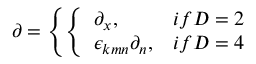
\partial = \left\{ \left\{ \begin{array} { l l } { { \partial _ { x } , } } & { { i f D = 2 } } \\ { { \epsilon _ { k m n } \partial _ { n } , } } & { { i f D = 4 } } \end{array} \right. \right.